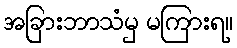
အခြားဘာသံမှ မကြားရ။